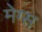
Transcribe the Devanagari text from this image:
मेग्स